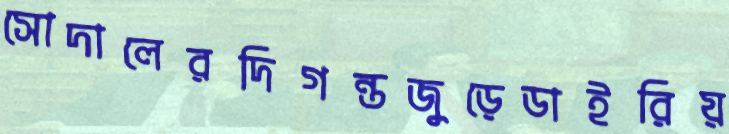
সোদালেরদিগন্তজুড়েডাইরিয়